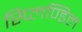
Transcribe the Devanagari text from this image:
स्प्लिण्डिल